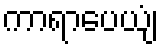
ကာရာပေယျံ